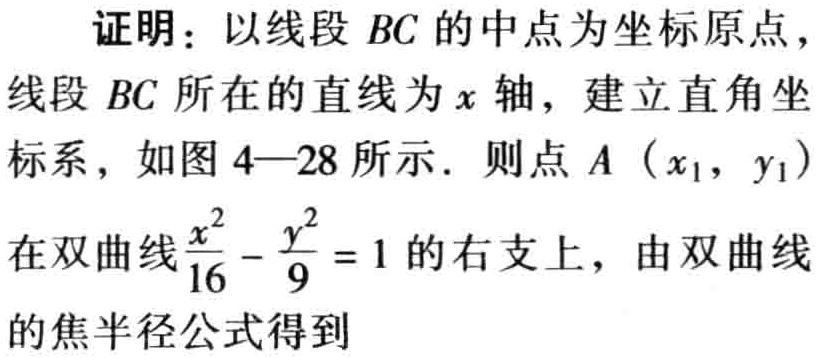
证明：以线段 \(BC\) 的中点为坐标原点，线段 \(BC\) 所在的直线为 \(x\) 轴，建立直角坐标系，如图 \(4—28\) 所示. 则点 \(A\left(x_{1},y_{1}\right)\) 在双曲线\(\frac{x^{2}}{16}-\frac{y^{2}}{9}=1\) 的右支上，由双曲线的焦半径公式得到